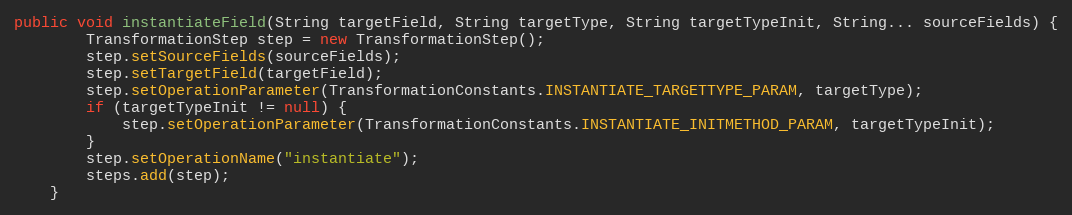
Language: Java
public void instantiateField(String targetField, String targetType, String targetTypeInit, String... sourceFields) {
        TransformationStep step = new TransformationStep();
        step.setSourceFields(sourceFields);
        step.setTargetField(targetField);
        step.setOperationParameter(TransformationConstants.INSTANTIATE_TARGETTYPE_PARAM, targetType);
        if (targetTypeInit != null) {
            step.setOperationParameter(TransformationConstants.INSTANTIATE_INITMETHOD_PARAM, targetTypeInit);
        }
        step.setOperationName("instantiate");
        steps.add(step);
    }